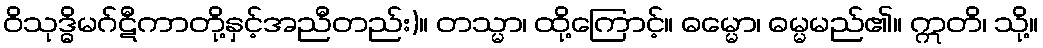
ဝိသုဒ္ဓိမဂ်ဋီကာတို့နှင့်အညီတည်း)။ တသ္မာ၊ ထို့ကြောင့်။ ဓမ္မော၊ ဓမ္မမည်၏။ ဣတိ၊ သို့။